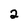
Character: 2